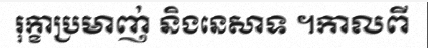
រុក្ខាប្រមាញ់ និងនេសាទ ។កាលពី